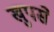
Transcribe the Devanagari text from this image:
खुपसे